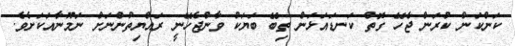
ކަންކަން ކުރަން ޖެހޭ ގޮތް ކަނޑައަޅަން ތިބޭ ބަޔަކު ވާންޖެހޭނީ ރައްޔިތުންނަށް ނަމޫނާއަކަށެވެ.